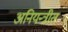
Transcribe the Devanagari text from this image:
अनियन्त्रीत